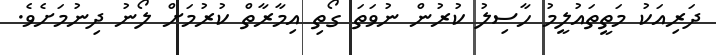
ދަރިއަކު މަތީތައުލީމު ހާސިލު ކުރުން ނުވަތަ ގޯތި އިމާރާތް ކުރުމަށް ލޯނު ދިނުމަށެވެ.